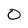
Character: O